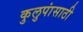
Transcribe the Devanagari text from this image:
कुलुपांसाठी